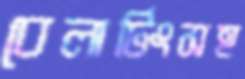
বেলাটিংসহ